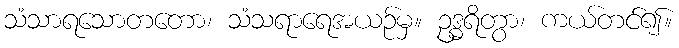
သံသာရသောတတော၊ သံသရာရေအယဉ်မှ။ ဥဒ္ဓရိတွာ၊ ကယ်တင်၍။